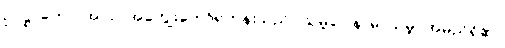
ဥပဋ္ဌာကော၊ အလုပ်အကျွေးတော်ရဟန်းသည်။ သမ္ဘဝေါနာမ၊ သမ္ဘဝအမည်ရှိ၏။